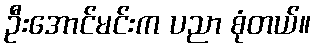
ဦးအောင်မင်းက ပညာ စုံတယ်။